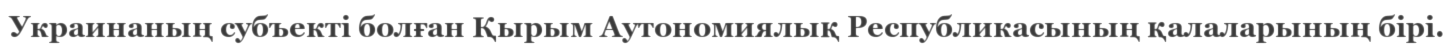
Украинаның субъекті болған Қырым Аутономиялық Республикасының қалаларының бірі.